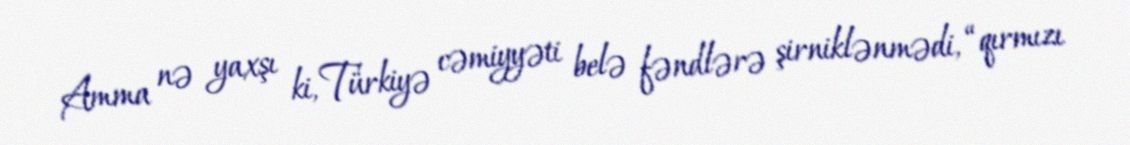
Amma nə yaxşı ki, Türkiyə cəmiyyəti belə fəndlərə şirniklənmədi, “qırmızı